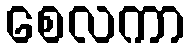
စေလကာ